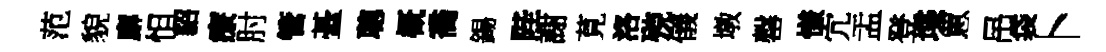
范貌廨怛貂療肘管䑓聰概喬錫陛謝莧洛殑儀墩罄慊宂盂登堞罳吊袋卜